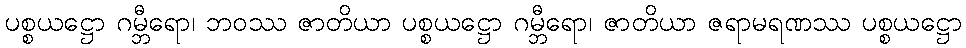
ပစ္စယဋ္ဌော ဂမ္ဘီရော၊ ဘဝဿ ဇာတိယာ ပစ္စယဋ္ဌော ဂမ္ဘီရော၊ ဇာတိယာ ဇရာမရဏဿ ပစ္စယဋ္ဌော